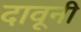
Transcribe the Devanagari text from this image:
दावूनी